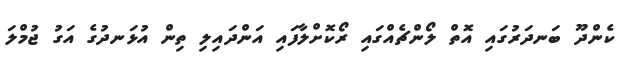
ކެންދޫ ބަނދަރުގައި އޮތް ލޯންޗެއްގައި ރޯކޮށްލާފައި އަންދައިލި ތިން އުޅަނދުގެ އަގު ޖުމްލަ